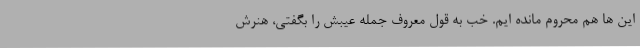
این ها هم محروم مانده ایم. خب به قول معروف جمله عیبش را بگفتی، هنرش